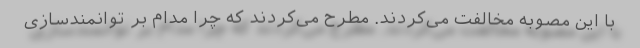
با این مصوبه مخالفت می‌کردند. مطرح می‌کردند که چرا مدام بر توانمندسازی